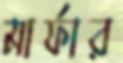
মার্ফার